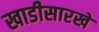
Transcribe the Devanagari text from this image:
खाडीसारखे